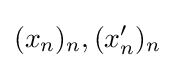
(x_{n})_{n},(x'_{n})_{n}